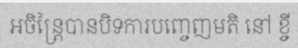
អចិន្ត្រៃបានបិទការបញ្ចេញមតិ នៅ ខ្ចី